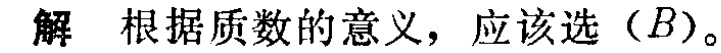
解 根据质数的意义，应该选（\(B\)）。